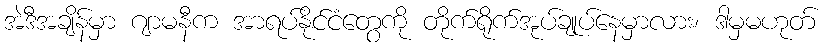
အဲဒီအချိန်မှာ ဂျာမနီက အာရပ်နိုင်ငံတွေကို တိုက်ရိုက်အုပ်ချုပ်နေမှာလား၊ ဒါမှမဟုတ်